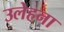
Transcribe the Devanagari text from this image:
उलेहना